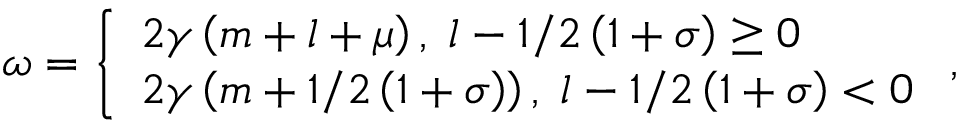
\omega = \left\{ \begin{array} { l } { { 2 \gamma \left( m + l + \mu \right) , \; { } l - 1 / 2 \left( 1 + \sigma \right) \geq 0 } } \\ { { 2 \gamma \left( m + 1 / 2 \left( 1 + \sigma \right) \right) , \; { } l - 1 / 2 \left( 1 + \sigma \right) < 0 } } \end{array} \right. ,